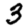
Digit: 3